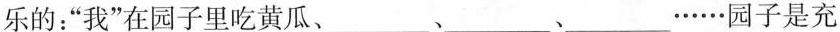
乐的：”我”在园子里吃黄瓜、___、___、___。…园子是充